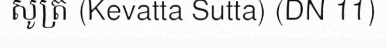
សូត្រ (Kevatta Sutta) (DN 11)